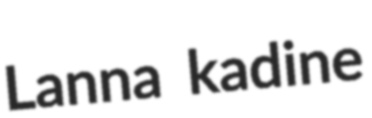
Lanna kadine